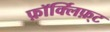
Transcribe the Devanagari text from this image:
फ़ॉर्क्लिफ़्ट